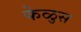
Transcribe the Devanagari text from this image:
केळुस